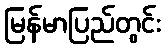
မြန်မာပြည်တွင်း